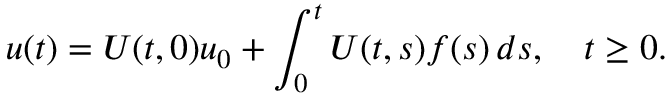
u ( t ) = U ( t , 0 ) u _ { 0 } + \int _ { 0 } ^ { t } U ( t , s ) f ( s ) \, d s , \quad t \geq 0 .